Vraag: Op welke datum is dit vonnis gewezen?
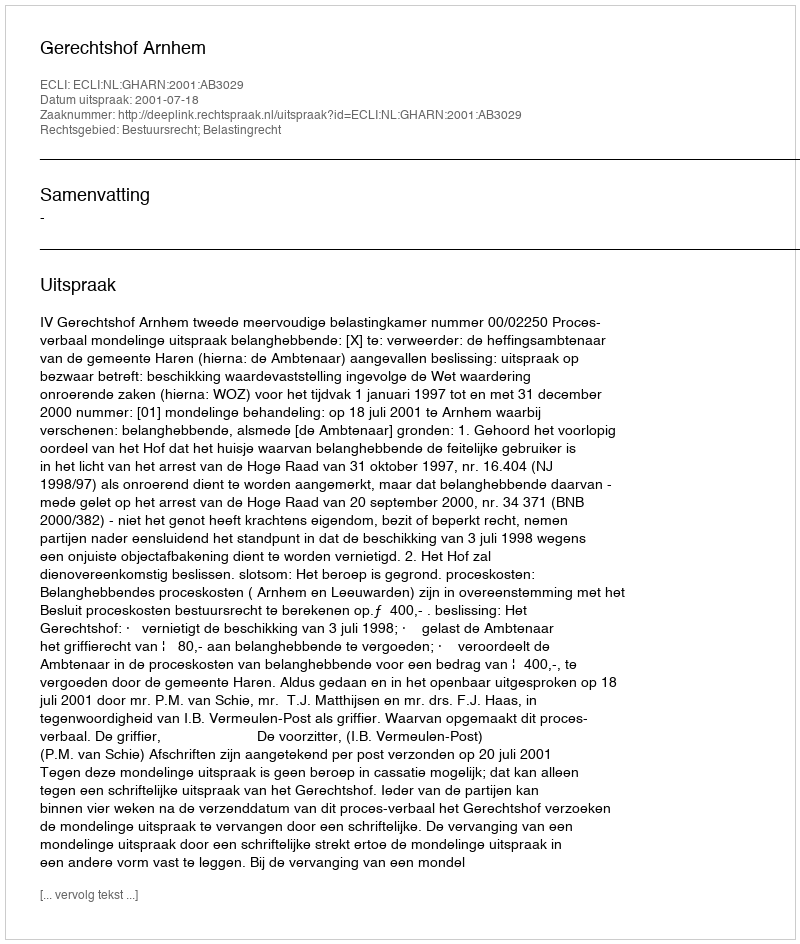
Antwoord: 2001-07-18